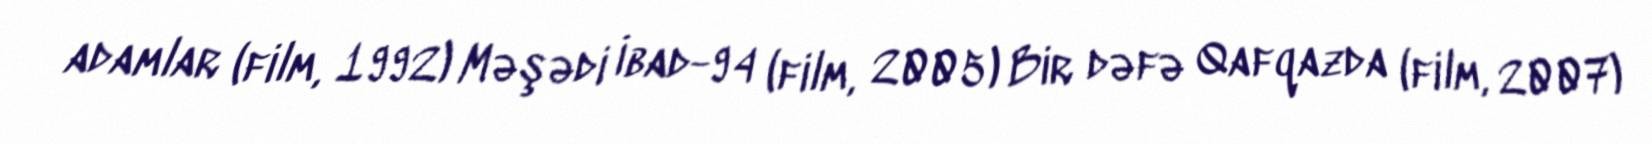
adamlar (film, 1992) Məşədi İbad-94 (film, 2005) Bir dəfə Qafqazda (film, 2007)